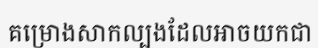
គម្រោងសាកល្បងដែលអាចយកជា